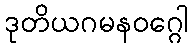
ဒုတိယဂမနဝဂ္ဂေါ